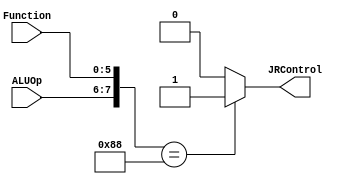
`timescale 1 ps / 100 fs
// Verilog project: 32-bit 5-stage Pipelined MIPS Processor in Verilog 
// Control singals for JR instruction
module JRControl_Block( JRControl, ALUOp, Function);
output JRControl;
reg JRControl;
input [1:0] ALUOp;
input [5:0] Function;
wire [7:0] test;
assign test = {ALUOp,Function};
always @(test)
case (test)
 8'b10001000 : JRControl=1'b1; 
 default: JRControl=1'b0;
 endcase
endmodule